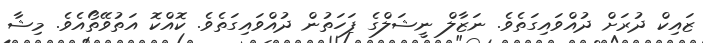
ޒައިކް ދުރަށް ދުއްވައިގަތެވެ. ނަޒާލް ނީޝަލްގެ ފަހަތުން ދުއްވައިގަތެވެ. ކޮއްކޮ އަތުވޭތޯއެވެ. މިޝާ